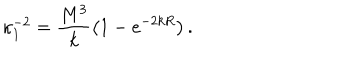
\kappa _ { 1 } ^ { - 2 } = \frac { M ^ { 3 } } { k } \left( 1 - e ^ { - 2 k R } \right) .